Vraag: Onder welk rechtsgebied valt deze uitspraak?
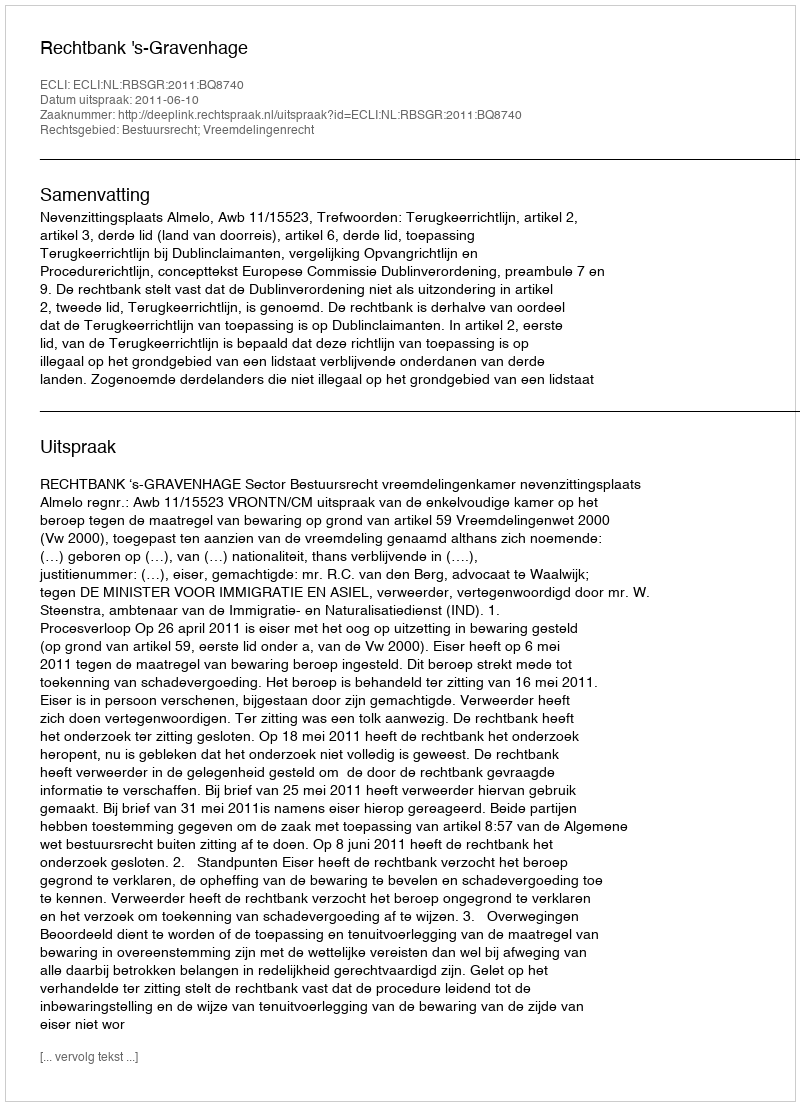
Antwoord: Bestuursrecht; Vreemdelingenrecht